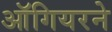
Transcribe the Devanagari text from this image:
ऑगियरने